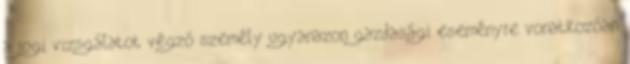
a jogi vizsgálatot végző személy ugyanazon gazdasági eseményre vonatkozóan